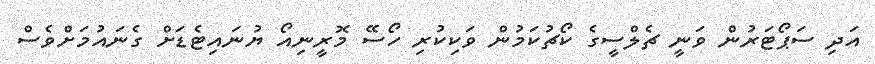
އަދި ސަޕޯޓަރުން ވަނީ ޗެލްސީގެ ކޯޗުކަމުން ވަކިކުރި ހޯސޭ މޮރީނިއޯ ޔުނައިޓެޑަށް ގެނައުމަށްވެސް